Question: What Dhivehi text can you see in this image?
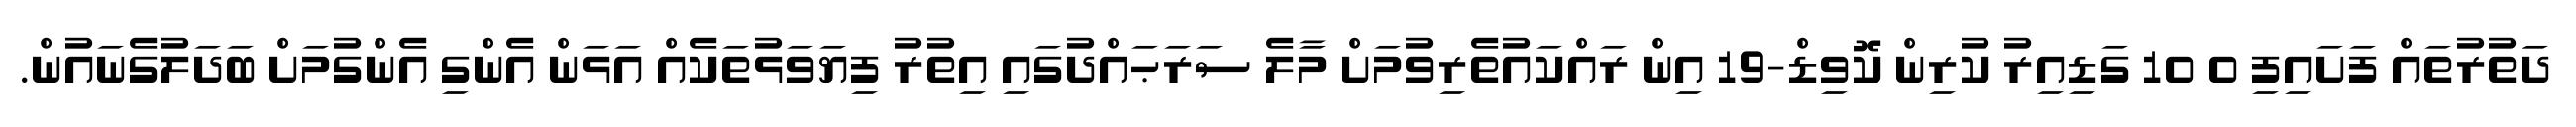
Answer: ދަތުރުތައް ފަށައިފި 0 10 ގަޑިއިރު ކުރިން ކޮވިޑް-19 އިން ރައްކައުތެރިވުމަށް މާލެ ސަރަޙައްދުގައި އިތުރު ފިޔަވަޅުތަކެއް އަޅަން އެންގި އެންގުމަށް ބަދަލުގެނައުން.